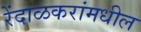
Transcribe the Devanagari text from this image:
रेंदाळकरांमधील